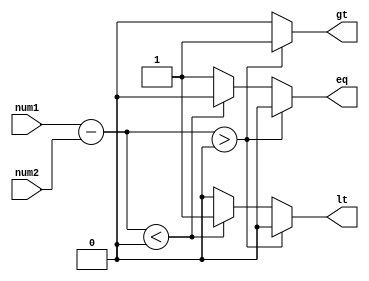
module Unsigned_Comparator (
    input wire [3:0] num1,
    input wire [3:0] num2,
    output reg gt, // greater than
    output reg lt, // less than
    output reg eq // equal
);

reg [3:0] diff;

always @* begin
    diff = num1 - num2;
    
    if (diff > 0)
        begin
            gt = 1;
            lt = 0;
            eq = 0;
        end
    else if (diff < 0)
        begin
            gt = 0;
            lt = 1;
            eq = 0;
        end
    else
        begin
            gt = 0;
            lt = 0;
            eq = 1;
        end
end

endmodule